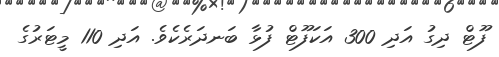
ފޫޓް ދިގު އަދި 300 އަކަފޫޓް ފުޅާ ބަނދަރެކެވެ. އަދި 110 މީޓަރުގެ